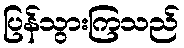
ပြန်သွားကြသည်